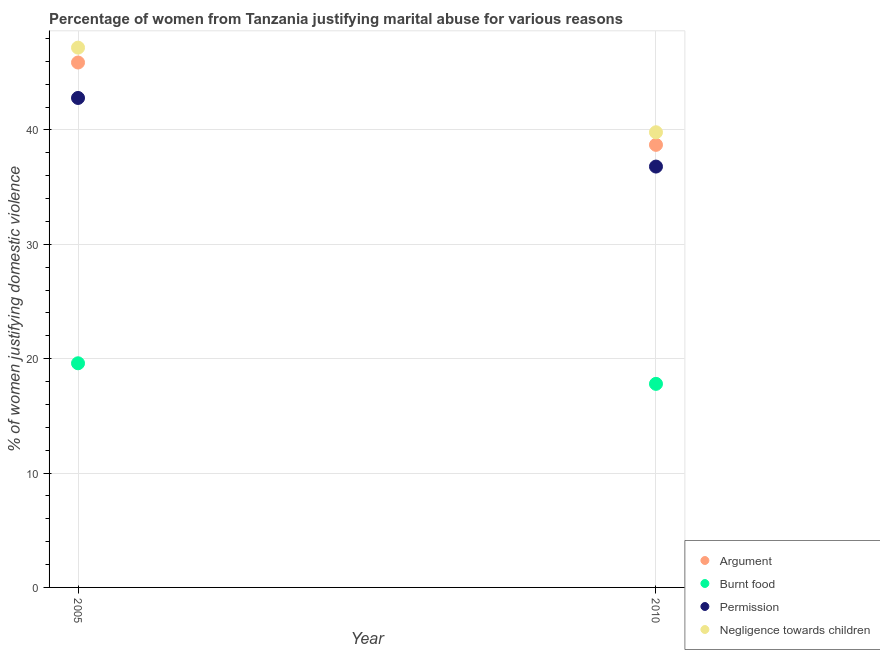
| Year | Argument | Burnt food | Permission | Negligence towards children |
 | --- | --- | --- | --- | --- |
 | 2005 | 45.9 | 19.6 | 42.8 | 47.2 |
 | 2010 | 38.7 | 17.8 | 36.8 | 39.8 |